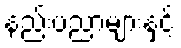
နည်းပညာများနှင့်